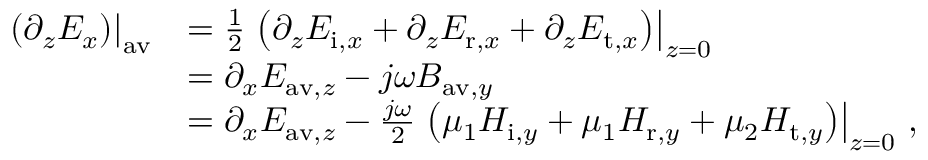
\begin{array} { r l } { \left. \left( \partial _ { z } E _ { x } \right) \right| _ { \mathrm { a v } } } & { = \frac { 1 } { 2 } \left. \left( \partial _ { z } E _ { \mathrm { i } , x } + \partial _ { z } E _ { \mathrm { r } , x } + \partial _ { z } E _ { \mathrm { t } , x } \right) \right| _ { z = 0 } } \\ & { = \partial _ { x } E _ { \mathrm { a v } , z } - j \omega B _ { \mathrm { a v } , y } } \\ & { = \partial _ { x } E _ { \mathrm { a v } , z } - \frac { j \omega } { 2 } \left. \left( \mu _ { 1 } H _ { \mathrm { i } , y } + \mu _ { 1 } H _ { \mathrm { r } , y } + \mu _ { 2 } H _ { \mathrm { t } , y } \right) \right| _ { z = 0 } \, , } \end{array}